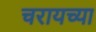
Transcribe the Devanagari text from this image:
चरायच्या